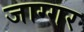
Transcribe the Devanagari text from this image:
जाग्गर